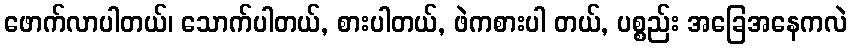
ဖောက်လာပါတယ်၊ သောက်ပါတယ်, စားပါတယ်, ဖဲကစားပါ တယ်, ပစ္စည်း အခြေအနေကလဲ